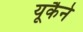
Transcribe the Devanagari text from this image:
यूकैने